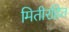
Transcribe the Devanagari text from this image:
मितीरहित